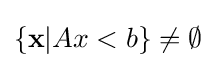
\{\mathbf {x} |Ax<b\}\neq \emptyset